Report on enteric fever
Disease focus: Fever
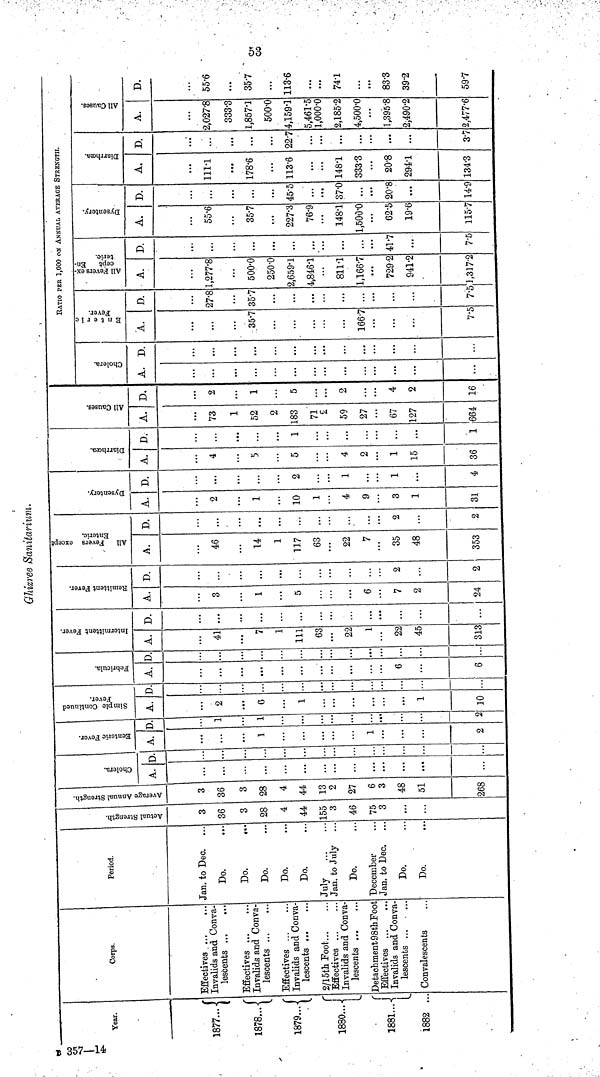
53
Ghizree Sanitarium.
Year.
1877...
1878..
1879...
1880...
1881...
1882 ..
Corps.
Effectives
Invalids and Conva-
lescents
Effectives
Invalids and Conva-
lescents
Effectives
Invalids and Conva-
lescents ...
2/15th Foot
Effectives
Invalids and Conva
lescents ...
Detachment 98th Foot
Effectives
Invalids and Conva
lescents
Convalescents
Period.
Jan. to Dec.
Do.
Do.
Do.
Do.
Do.
July
Jan. to July
Do.
December
Jan. to Dec.
Do.
Do.
Actual Strength
3
36
3
28
4
44
155
3
46
75
3
...
Average Annual Strength.
3
36
3
28
4
44
13
2
27
6
3
48
51
268
Cholera.
A.
...
...
D.
Enteric Fever.
A.
1
1
2
D.
1
c
Simple Continued
Fever.
A.
9,
6
1
1
10
D.
...
Febricula.
A.
...
6
...
6
D.
...
Intermittent Fever.
A.
41
7
1
111
63
22
1
22
45
313
D.
...
...
...
...
...
...
...
Remittent Fever.
A.
3
1
...
5
...
...
6
7
2
24
D.
...
,,,
...
...
2
...
2
All Fevers except
Enteric.
A.
46
14
1
117
63
22
7
35
48
353
D.
...
...
2
...
2
Dysentery.
A.
2
1
10
1
4
9
3
1
31
D.
...
...
2
...
1
...
1
...
4
Diarrhœa.
A.
4
5
...
4
2
1
15
36
D,
...
...
1
...
...
...
...
1
All Causes.
A.
73
1
52
2
183
71
2
59
27
67
127
664
D.
2
1
5
2
• . a
4
2
16
Cholera.
A.
...
...
...
D.
...
...
...
...
RATIO PER 1,000 ON ANNUAL AVERAGE STRENGTH.
Enteric Fever.
A.
...
35.7
166.7
7.5
D.
27.8
35.7
7.5
All Fevers except Enteric.
A.
1,277.8
500.0
250.0
2,659.1
4,846.1
811.1
1,166.7
729.2
941.2
1,317-2
D.
...
...
...
. . .
...
. . .
41.7
...
7.5
Dysentery.
A.
55.6
35.7
227.3
76.9
148.1
1,500.0
62.5
19.6
115.7
D.
...
...
45.5
37.0
...
20.8
...
14.9
Diarrhœa.
A.
111.1
178.6
113.6
148.1
333.3
20.8
294.1
134.3
D.
...
...
22.7
...
t . .
...
...
37
All Causes.
A.
2,027.8
333.3
1,857.1
500.0
4,159.1
5,461.5
1,000.0
2,185.2
4,500.0
1,395.8
2,490.2
2,477.6
D.
55.6
...
35.7
...
113.6
...
74.1
...
83.3
39.2
59.7
B. 357-14